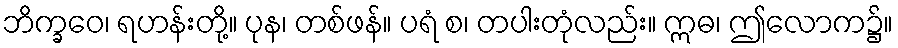
ဘိက္ခဝေ၊ ရဟန်းတို့။ ပုန၊ တစ်ဖန်။ ပရံ စ၊ တပါးတုံလည်း။ ဣဓ၊ ဤလောက၌။